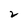
Character: 2